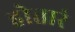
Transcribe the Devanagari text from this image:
होत्तारं